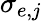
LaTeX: \sigma_{e,j}